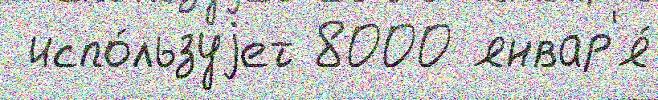
 испо́льзуjет 8000 январ'я́